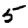
Digit: 5